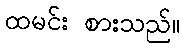
ထမင်း စားသည်။